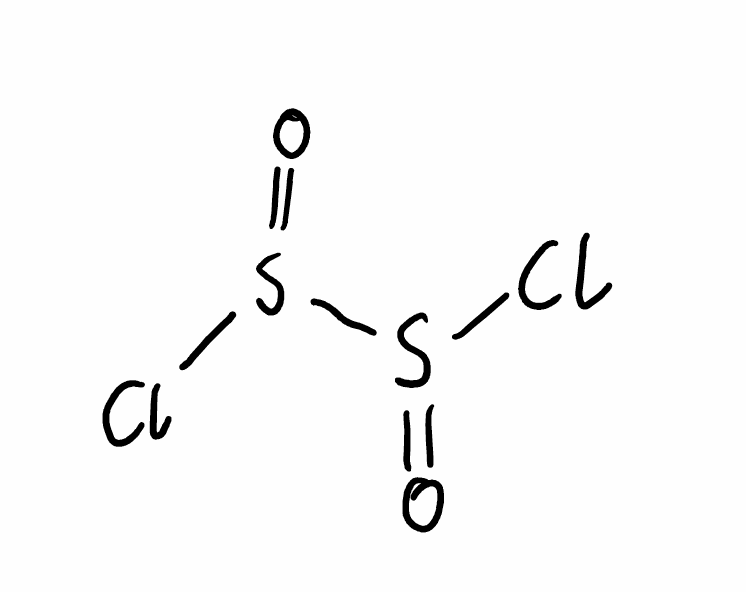
Simplified molecular-input line-entry system (SMILES) notation of the given molecule:
O=S(S(=O)Cl)Cl